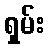
ရှမ်း